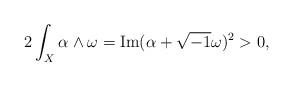
LaTeX: \begin{align*}2\int_{X}\alpha \wedge \omega = {\rm Im}(\alpha+\sqrt{-1}\omega)^{2} >0,\end{align*}